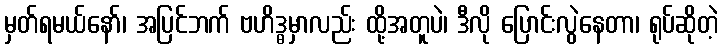
မှတ်ရမယ်နော်၊ အပြင်ဘက် ဗဟိဒ္ဓမှာလည်း ထို့အတူပဲ၊ ဒီလို ပြောင်းလွဲနေတာ၊ ရုပ်ဆိုတဲ့